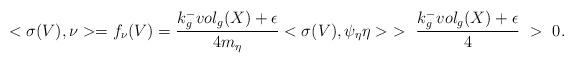
LaTeX: \begin{align*}<\sigma(V),\nu>=f_{\nu}(V)=\frac{k^{-}_{g}vol_{g}(X)+\epsilon}{4m_{\eta}}<\sigma(V),\psi_{\eta}\eta>\ > \ \frac{{k^{-}_{g}vol_{g}(X)+\epsilon}}{4}\ >\ 0.\end{align*}